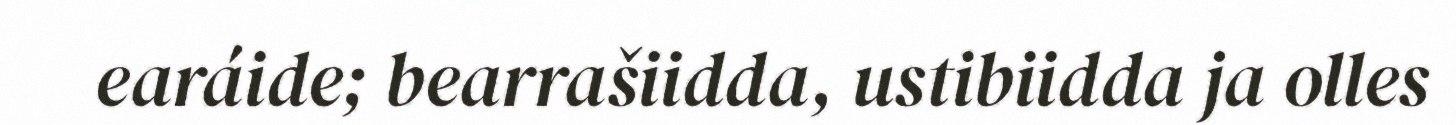
earáide; bearrašiidda, ustibiidda ja olles